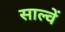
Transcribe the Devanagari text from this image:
साल्वें